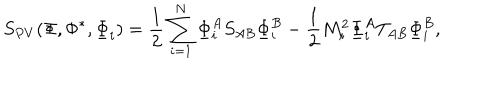
LaTeX: S _ { P V } ( \Phi , \Phi ^ { * } , \underline { { \Phi } } _ { i } ) = \frac { 1 } { 2 } \sum _ { i = 1 } ^ { N } { \underline { { \Phi } } } _ { i } ^ { A } S _ { A B } { \underline { { \Phi } } } _ { i } ^ { B } - \frac { 1 } { 2 } M _ { i } ^ { 2 } { \underline { { \Phi } } } _ { i } ^ { A } T _ { A B } { \underline { { \Phi } } } _ { i } ^ { B } ,